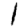
Digit: 1